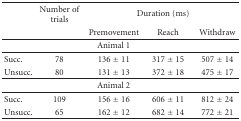
<table><thead><tr><td></td><td><b>Number of trials</b></td><td colspan="3"><b>Duration (ms)</b></td></tr><tr><td></td><td></td><td><b>Premovement</b></td><td><b>Reach</b></td><td><b>Withdraw </b></td></tr></thead><tbody><tr><td></td><td></td><td>Animal 1</td><td></td><td></td></tr><tr><td>Succ.</td><td>78</td><td>136 ± 11</td><td>317 ± 15</td><td>507 ± 14</td></tr><tr><td>Unsucc.</td><td>80</td><td>131 ± 13</td><td>372 ± 18</td><td>475 ± 17</td></tr><tr><td></td><td></td><td>Animal 2</td><td></td><td></td></tr><tr><td>Succ.</td><td>109</td><td>156 ± 16</td><td>606 ± 11</td><td>812 ± 24</td></tr><tr><td>Unsucc.</td><td>65</td><td>162 ± 12</td><td>682 ± 14</td><td>772 ± 21</td></tr></tbody></table>